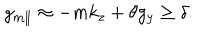
g _ { m \parallel } \approx - m k _ { z } + \theta g _ { y } \geq \delta .